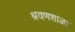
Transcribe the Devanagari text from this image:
श्रवणशाळा